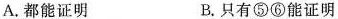
A.都能证明 B.只有⑤⑥能证明